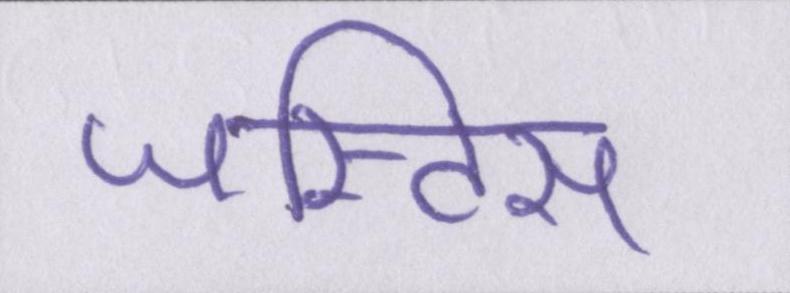
जस्टिस